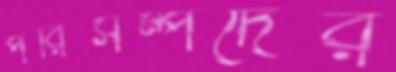
পরিসম্পদের